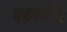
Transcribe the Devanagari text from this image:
परग्रहांचे